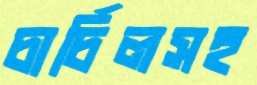
চার্চিলসহ